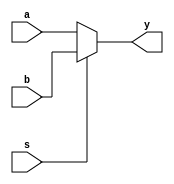
module mx2(y, a, b, s);
    input a, b, s;
    output y;

    //wire w1, w2, w3;

    assign y = (s==1'b0) ? a : b;
    
    //iv Not(w1, s);
    //nit Mtop(w2, a, w1);
    //it Mbot(w3, b, s);
    //if (w2==1'bz) y = w3;
    //else if (w3==1'bz) y = w2;
endmodule